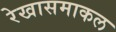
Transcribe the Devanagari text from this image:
रेखासमाकल